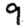
Digit: 9